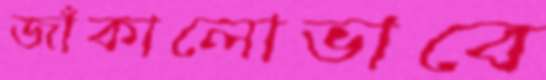
জাঁকালোভাবে